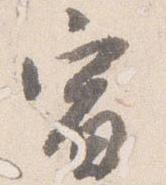
宿